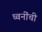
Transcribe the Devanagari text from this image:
ध्वनींची